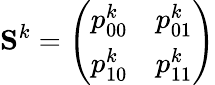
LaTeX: \mathbf{S}^{k}=\left(\begin{array}{ll}{p_{00}^{k}}&{p_{01}^{k}}\\ {p_{10}^{k}}&{p_{11}^{k}}\end{array}\right)